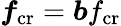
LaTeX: \boldsymbol{f}_{\mathrm{cr}}=\boldsymbol{b}f_{\mathrm{cr}}